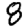
Digit: 8